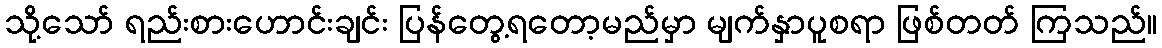
သို့သော် ရည်းစားဟောင်းချင်း ပြန်တွေ့ရတော့မည်မှာ မျက်နှာပူစရာ ဖြစ်တတ် ကြသည်။